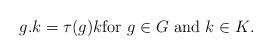
LaTeX: \begin{align*}g.k = \tau(g)k \textrm{for $g \in G$ and $k \in K$}.\end{align*}